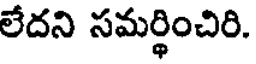
లేదని సమర్థించిరి.